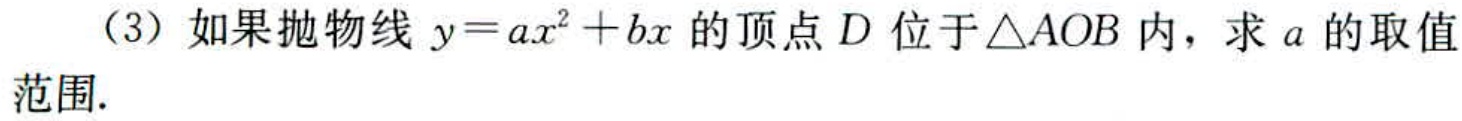
（3）如果抛物线 \(y = ax^{2}+bx\) 的顶点 \(D\) 位于 \(\triangle AOB\) 内，求 \(a\) 的取值范围.